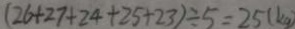
( 2 6 + 2 7 + 2 4 + 2 5 + 2 3 ) \div 5 = 2 5 ( k g )